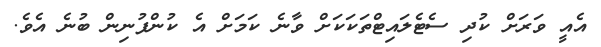
އެއީ ވަރަށް ކުދި ސެޓެލައިޓްތަކަކަށް ވާނެ ކަމަށް އެ ކުންފުނިން ބުނެ އެވެ.